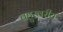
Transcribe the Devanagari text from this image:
बहुस्वरीय